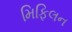
મિફિલન